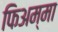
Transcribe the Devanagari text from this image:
फिअम्मा